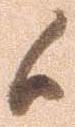
候